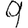
Digit: 9